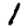
Digit: 1